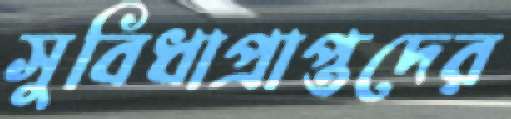
সুবিধাপ্রাপ্তদের